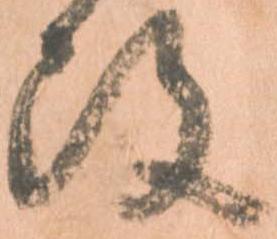
改